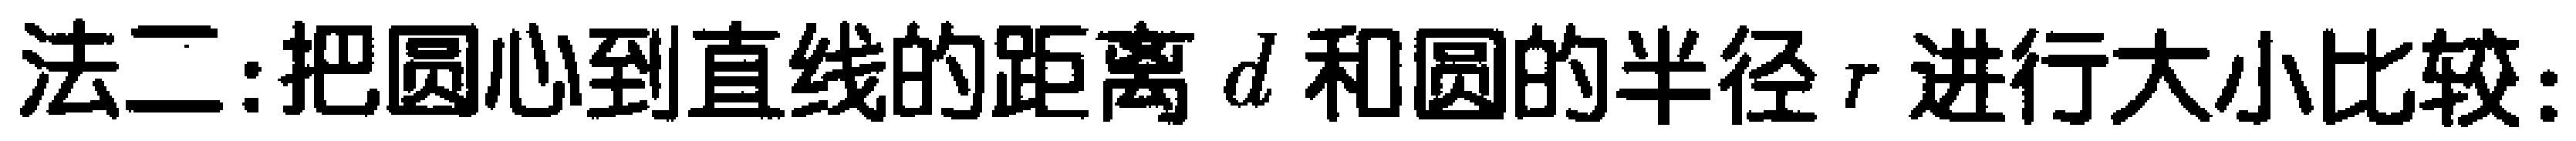
法二:把圆心到直线的距离 \(d\) 和圆的半径 \(r\) 进行大小比较: